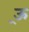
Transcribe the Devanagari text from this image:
ऊ्